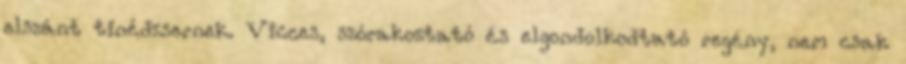
elszánt tinédzsernek. Vicces, szórakoztató és elgondolkodtató regény, nem csak